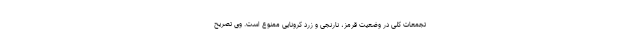
تجمعات کلی در وضعیت قرمز، نارنجی و زرد کرونایی ممنوع است. وی تصریح